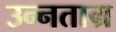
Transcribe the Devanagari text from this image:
उन्नताग्र